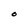
Character: O